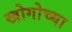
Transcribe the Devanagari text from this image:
खोगोच्या